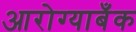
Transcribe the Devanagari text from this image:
आरोग्याबँक